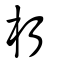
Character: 朽